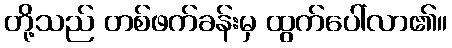
တို့သည် တစ်ဖက်ခန်းမှ ထွက်ပေါ်လာ၏။